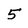
Character: 5